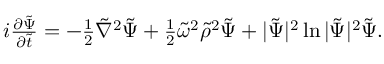
\begin{array} { r } { i \frac { \partial { \tilde { \Psi } } } { \partial \tilde { t } } = - \frac { 1 } { 2 } { \tilde { \nabla } } ^ { 2 } { \tilde { \Psi } } + \frac 1 2 { \tilde { \omega } } ^ { 2 } { \tilde { \rho } } ^ { 2 } { \tilde { \Psi } } + | { \tilde { \Psi } } | ^ { 2 } \ln | { \tilde { \Psi } } | ^ { 2 } { \tilde { \Psi } } . } \end{array}